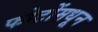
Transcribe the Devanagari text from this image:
फोटोंमधून